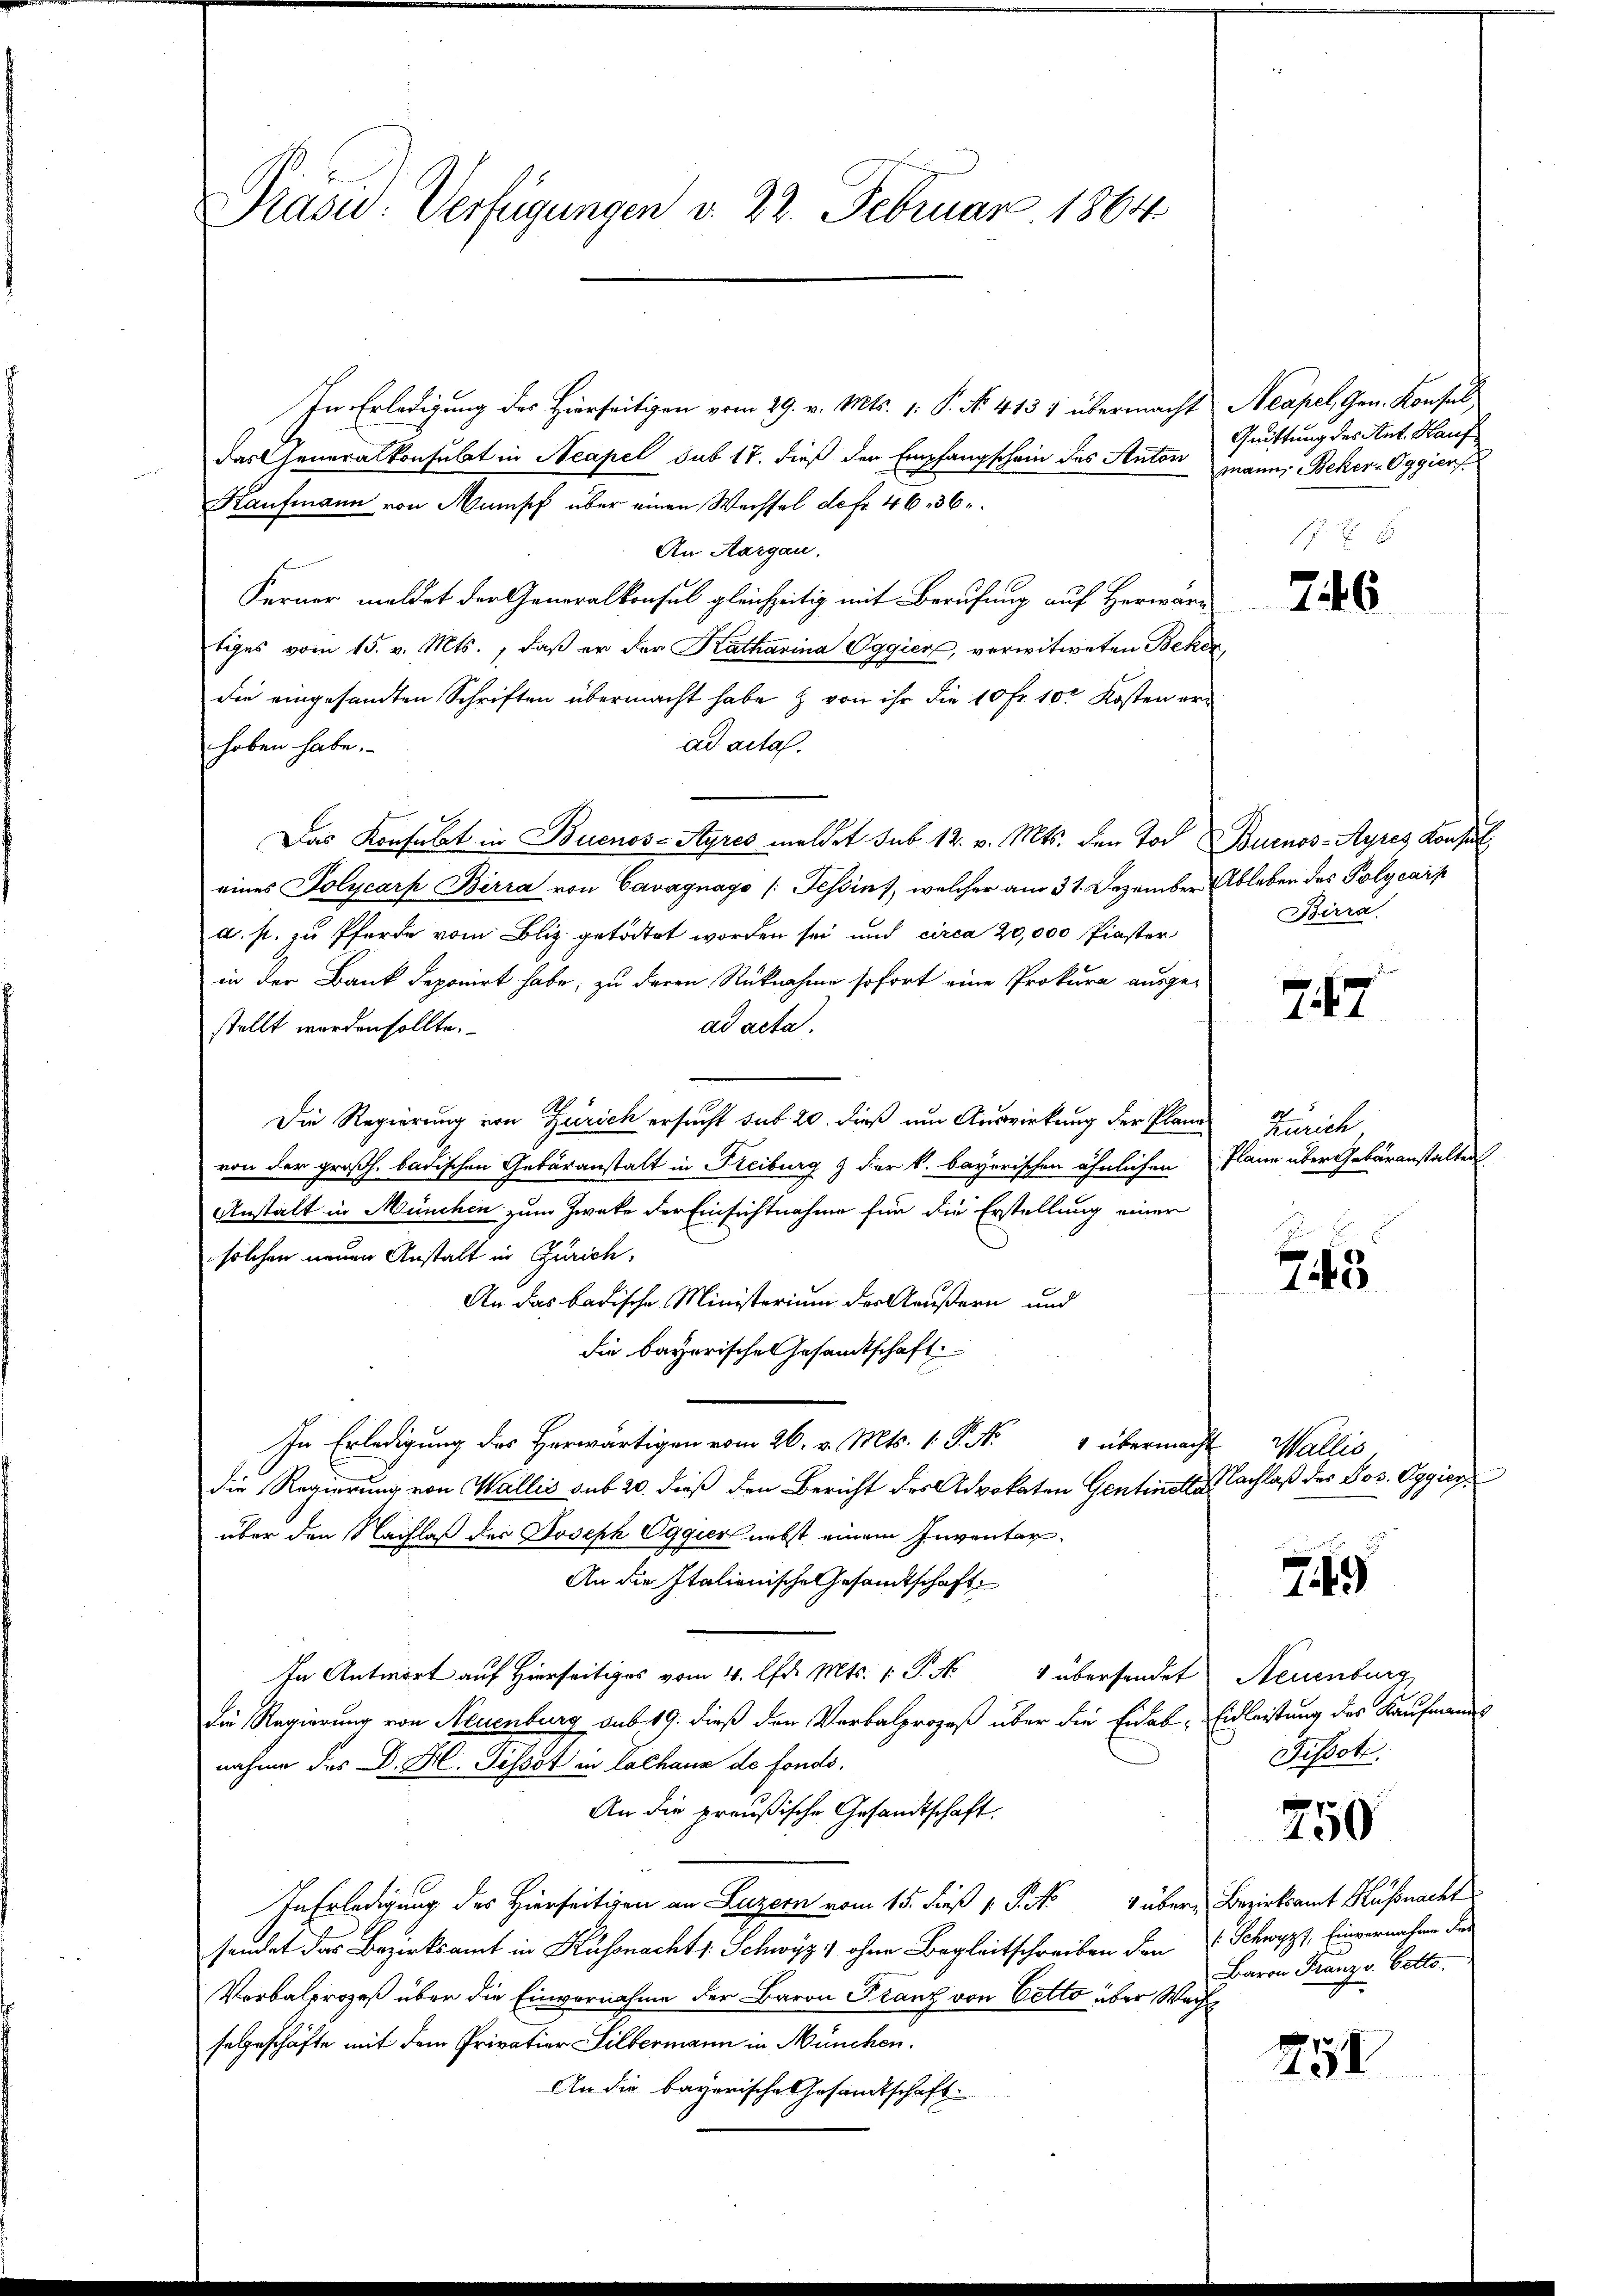
Präsid. Verfügungen d. 22. Februar 1864.

In Erledigung des Hierseitigen vom 29. v. Mts. 1. P. No. 4135 übermacht Neapel, Gen. Konsul
das Generalkonsulat in Neapel sub 17. dieß der Empfangschein des Anton
Kaufmann von Mumpf über einen Wechsel de fr. 4636.
An Aargau,
Ferner meldet der Generalkonsul gleichzeitig mit Berufung auf Herwarn
tiges vom 15. v. Mts., daß er der Katharina Oggier, verwitweten Beken
die eingesandten Schriften übermacht habe & von ihr die 10 Fr. 10t Kosten erad acta.
hoben habe.
Das Konsulat in Buenos-Ayres meldet sub. 12. v. Mts. den Tod. Buenos-Ayres Konsul
eines Polycarp Birra von Cavagnago (Tessin, welcher am 31. Dezember Ableben des Polycarp
a. p. zu Pferde vom Bliz getödtet worden sei und circa 20,000 Piaster
in der Bank deponirt habe, zu deren Rücknahme sofort eine Prokura ausge-
ad acta.
stellt worden sollte.
Die Regierung von Zürich ersucht sub. 20. dieß um Auswirkung der Plane
von der großh. badischen Gebäranstalt in Freiburg & der k. bayerischen ähnlichen Plane über Gebäranstalten
Anstalt in München zum Zweke der Einsichtnahme für die Erstellung einer
solchen neuen Anstalt in Zürich,
An das badische Ministerium der Aeußern und
die bayerische Gesamtschaft
In Erledigung des Herwärtigen vom 26. v. Mts. 1. P. Nr. 4 übermacht Wallis
die Regierung von Wallis sub 20. dieß den Bericht des Advokaten Gentinsta
über den Nachlaß der Joseph Oggier nebst einem Inventar¬
An die Italienische Gesandtschaft
In Antwort auf Hierseitiges vom 4. d. Mts. 1. P. Nr. 4 übersendet Neuenburg,
Die Regierung von Neuenburg sub 19. dieß den Verbalprozeß über die Eidab-Eidleistung des Kaufmanns
nahme des Dr. H. Pissot in Lochaus de fonds.
An die preußische Gesandtschaft.
In Erledigung des Hierseitigen an Luzern vom 15. dieß 1 S. 4 über Bezirksamt Kussnacht
sendet das Bezirksamt in Küssnacht s. Schwyz ohne Begleitschreiben den Schwyz, Einvernahme der
Verbalprozeß über die Einvernahme der Baron Franz von Oetto über Wacht
falgeschäfte mit dem Privation Silbermann in München.
An die bayerische Gesandtschaft.

Quittung des Ant. Hauf
mann, Beker-Eggier

746

Birra.

247

Zürich

745

Nachlaß des Jos. Oggier

749

Tissot

750

Baron Franz v. Cetto.

254